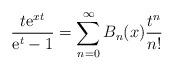
LaTeX: \begin{align*}{t{\rm e}^{xt}\over{{\rm e}^t-1}}=\sum_{n=0}^{\infty} B_n(x){t^n\over n!}\end{align*}